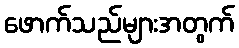
ဖောက်သည်များအတွက်